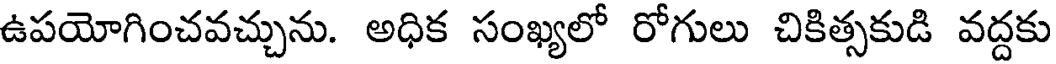
ఉపయోగించవచ్చును. అధిక సంఖ్యలో రోగులు చికిత్సకుడి వద్దకు